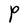
Character: P